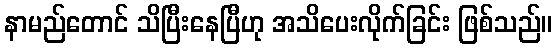
နာမည်တောင် သိပြီးနေပြီဟု အသိပေးလိုက်ခြင်း ဖြစ်သည်။